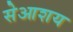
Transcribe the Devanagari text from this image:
सेआशय